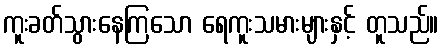
ကူးခတ်သွားနေကြသော ရေကူးသမားများနှင့် တူသည်။